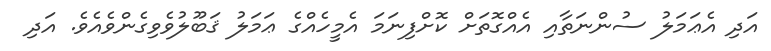
އަދި އެޢަމަލު ސުންނަތާއި އެއްގޮތަށް ކޮށްފިނަމަ އެމީހެއްގެ ޢަމަލު ޤަބޫލުވެވިގެންވެއެވެ. އަދި